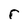
Character: r